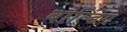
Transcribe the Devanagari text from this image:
बोल्डिंग